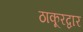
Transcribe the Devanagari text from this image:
ठाकूरद्वार